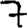
Digit: 7